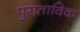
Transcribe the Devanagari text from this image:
पुराताविक